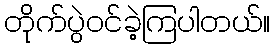
တိုက်ပွဲဝင်ခဲ့ကြပါတယ်။